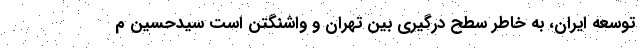
توسعه ایران، به خاطر سطح درگیری بین تهران و واشنگتن است سیدحسین م